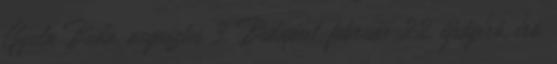
Gyula Buda, augusztus 3. Budapest, február 22. újságíró, író,